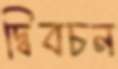
দ্বিবচন